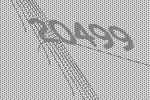
20499